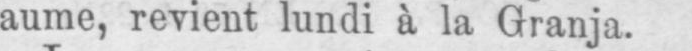
aume, revient lundi à la Granja.